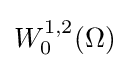
W_{0}^{1,2}(\Omega )